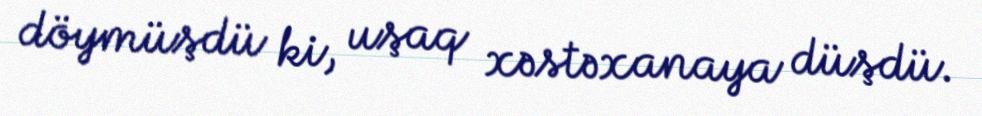
döymüşdü ki, uşaq xəstəxanaya düşdü.